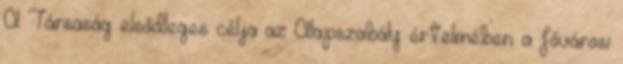
A Társaság elsődleges célja az Alapszabály értelmében: a fővárosi